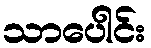
သာပေါင်း